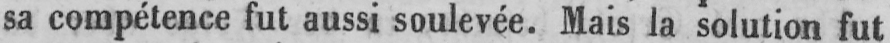
sa compétence fut aussi soulevée. Mais la solution fut